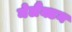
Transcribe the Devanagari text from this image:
मेलैंक्टन